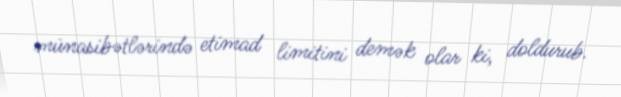
münasibətlərində etimad limitini demək olar ki, doldurub.